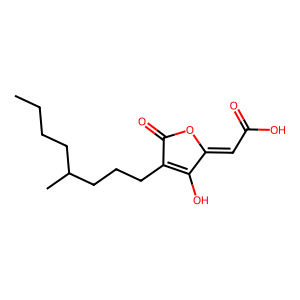
SMILES: CCCCC(C)CCCC1=C(O)C(=CC(=O)O)OC1=O
Inhibits HIV replication: Yes